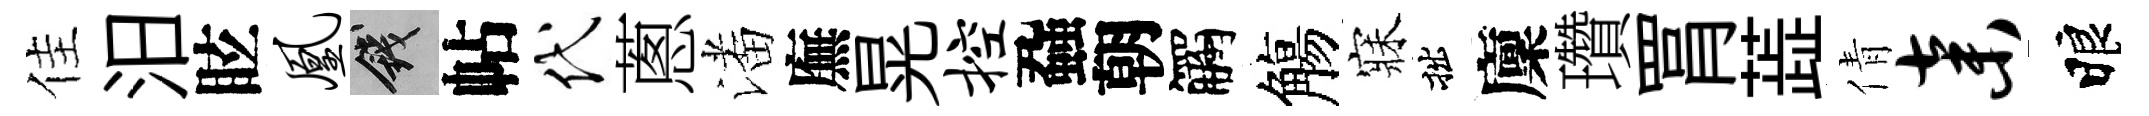
佳汨眩凰錢帖代蔥潘廡晃控蝨朝觸觴寐拙廩瓚罥蕋倩弃睱